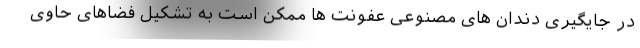
در جایگیری دندان های مصنوعی عفونت ها ممکن است به تشکیل فضاهای حاوی